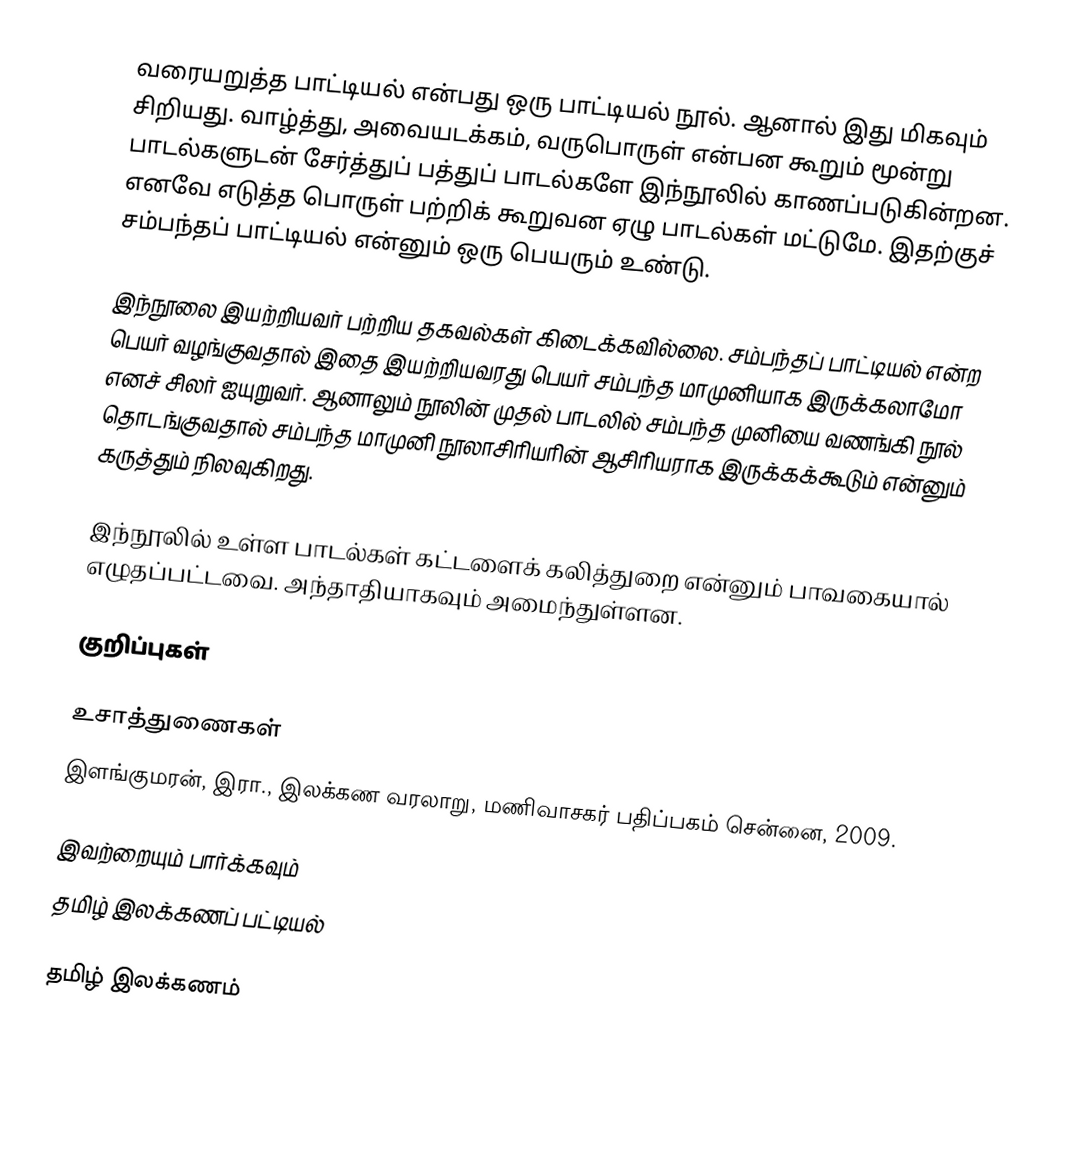
வரையறுத்த பாட்டியல் என்பது ஒரு பாட்டியல் நூல். ஆனால் இது மிகவும் சிறியது. வாழ்த்து, அவையடக்கம், வருபொருள் என்பன கூறும் மூன்று பாடல்களுடன் சேர்த்துப் பத்துப் பாடல்களே இந்நூலில் காணப்படுகின்றன. எனவே எடுத்த பொருள் பற்றிக் கூறுவன ஏழு பாடல்கள் மட்டுமே. இதற்குச் சம்பந்தப் பாட்டியல் என்னும் ஒரு பெயரும் உண்டு.

இந்நூலை இயற்றியவர் பற்றிய தகவல்கள் கிடைக்கவில்லை. சம்பந்தப் பாட்டியல் என்ற பெயர் வழங்குவதால் இதை இயற்றியவரது பெயர் சம்பந்த மாமுனியாக இருக்கலாமோ எனச் சிலர் ஐயுறுவர். ஆனாலும் நூலின் முதல் பாடலில் சம்பந்த முனியை வணங்கி நூல் தொடங்குவதால் சம்பந்த மாமுனி நூலாசிரியரின் ஆசிரியராக இருக்கக்கூடும் என்னும் கருத்தும் நிலவுகிறது.

இந்நூலில் உள்ள பாடல்கள் கட்டளைக் கலித்துறை என்னும் பாவகையால் எழுதப்பட்டவை. அந்தாதியாகவும் அமைந்துள்ளன.

குறிப்புகள்

உசாத்துணைகள்
 இளங்குமரன், இரா., இலக்கண வரலாறு, மணிவாசகர் பதிப்பகம் சென்னை, 2009.

இவற்றையும் பார்க்கவும்
தமிழ் இலக்கணப் பட்டியல்

தமிழ் இலக்கணம்